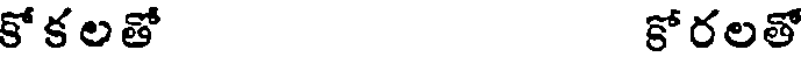
కోకలతో కోరలతో